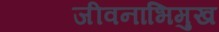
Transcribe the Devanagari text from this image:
जीवनाभिमुख